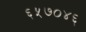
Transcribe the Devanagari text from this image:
६५७०४६